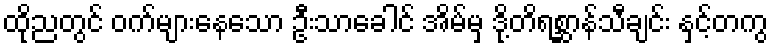
ထိုညတွင် ဝက်များနေသော ဦးသာခေါင် အိမ်မှ ဒို့တိရစ္ဆာန်သီချင်း နှင့်တကွ